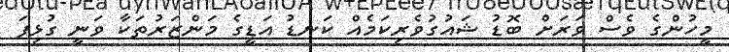
މީހުންގެ ވެސް ވަރަށް ބޮޑު ޝައުގުވެރިކަމެއް ކަނޑު އަޑީގެ މަންޒަރުތަކާ ވަނީ ގުޅިފަ